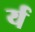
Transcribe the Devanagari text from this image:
र्य